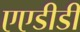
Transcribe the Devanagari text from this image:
एएडीडी